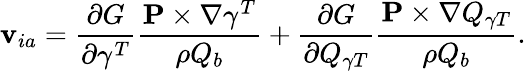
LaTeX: {\mathbf v}_{ia}=\frac{\partial G}{\partial\gamma^{T}}\frac{{\mathbf P}\times\nabla\gamma^{T}}{\rho Q_{b}}+\frac{\partial G}{\partial Q_{\gamma T}}\frac{{\mathbf P}\times\nabla Q_{\gamma T}}{\rho Q_{b}}.